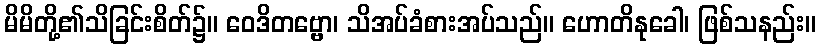
မိမိတို့၏သိခြင်းစိတ်၌။ ဝေဒိတဗ္ဗော၊ သိအပ်ခံစားအပ်သည်။ ဟောတိနုခေါ၊ ဖြစ်သနည်း။